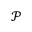
\mathcal P